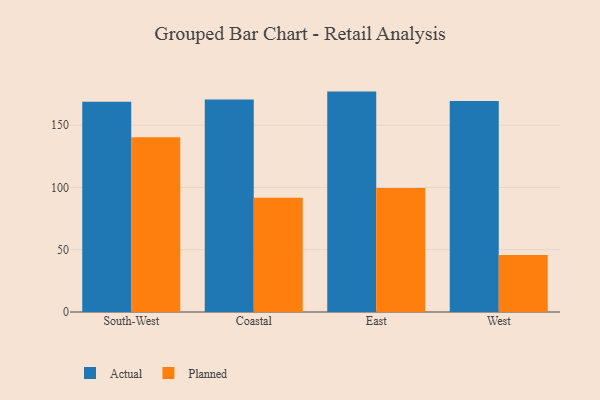
{"axis": {"x": "Region", "y": "Latency (ms)"}, "legend": ["Actual", "Planned"], "data": [{"x": "South-West", "y": 168.8, "type": "Actual"}, {"x": "South-West", "y": 140.3, "type": "Planned"}, {"x": "Coastal", "y": 170.7, "type": "Actual"}, {"x": "Coastal", "y": 91.7, "type": "Planned"}, {"x": "East", "y": 177.0, "type": "Actual"}, {"x": "East", "y": 99.5, "type": "Planned"}, {"x": "West", "y": 169.4, "type": "Actual"}, {"x": "West", "y": 45.8, "type": "Planned"}]}